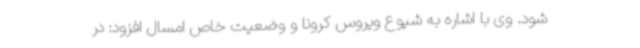
شود. وی با اشاره به شیوع ویروس کرونا و وضعیت خاص امسال افزود: در